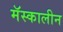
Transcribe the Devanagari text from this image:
मॅस्कालीन